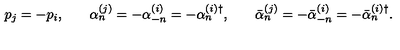
\begin{array} { c c c c c } { p _ { j } = - p _ { i } , } & { } & { \alpha _ { n } ^ { ( j ) } = - \alpha _ { - n } ^ { ( i ) } = - \alpha _ { n } ^ { ( i ) \dagger } , } & { } & { \bar { \alpha } _ { n } ^ { ( j ) } = - \bar { \alpha } _ { - n } ^ { ( i ) } = - \bar { \alpha } _ { n } ^ { ( i ) \dagger } . } \\ \end{array}